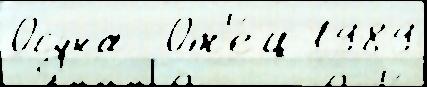
Осуна  От'е́ц 1989